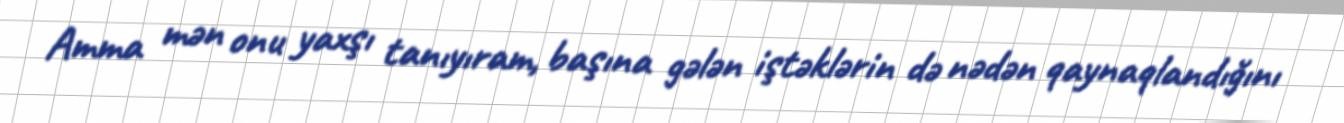
Amma mən onu yaxşı tanıyıram, başına gələn iştəklərin də nədən qaynaqlandığını